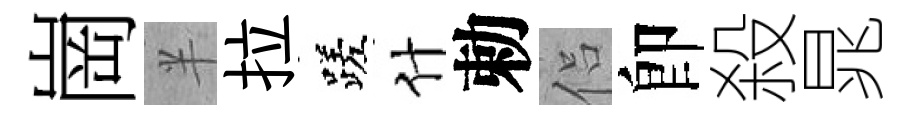
崗半拉蹉什勅侣卽殺晁